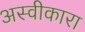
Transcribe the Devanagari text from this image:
अस्वीकारा